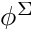
\phi ^ { \Sigma }